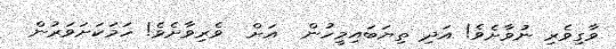
ވާގިވެރި ނުވާށެވެ! އަދި ތިޔަބައިމީހުން  އަށް  ވެރިވާށެވެ! ހަމަކަށަވަރުން